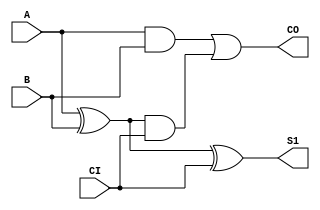
module lab01(A,B,CI,S1,CO);
input A;
input B;
input CI;

output S1;
output CO;

wire X1; // salida de compuerta XOR 1
wire A1; // salida de compuerta AND 1
wire A2; // salida de compuerta AND 2

//Conexin de compuertas
assign X1 = A ^ B; 
assign A1 = A & B;
assign A2 = X1 & CI;
assign S1 = X1 ^ CI;
assign CO = A1 | A2;

endmodule